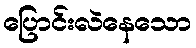
ပြောင်းလဲနေသော